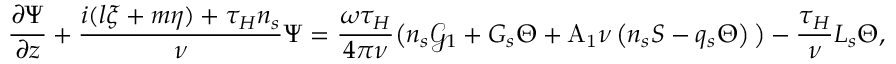
\frac { \ensuremath { \partial } \Psi } { \ensuremath { \partial } z } + \frac { i ( l \xi + m \eta ) + \tau _ { H } n _ { s } } { \nu } \Psi = \frac { \omega \tau _ { H } } { 4 \pi \nu } \big ( n _ { s } \mathcal { G } _ { 1 } + G _ { s } \Theta + \mathrm { A _ { 1 } } \nu \left( n _ { s } S - q _ { s } \Theta \right) \big ) - \frac { \tau _ { H } } { \nu } L _ { s } \Theta ,